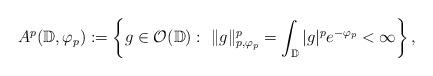
LaTeX: \begin{align*}A^p(\mathbb{D},\varphi_p):=\left\{g\in\mathcal{O}(\mathbb{D}):\ \|g\|_{p,\varphi_p}^p=\int_{\mathbb{D}}|g|^p e^{-\varphi_p}<\infty\right\},\end{align*}